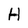
Character: H